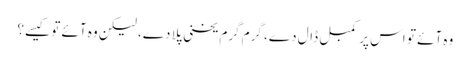
وہ آئے تو اس پر کمبل ڈال دے، گرم گرم یخنی پلا دے، لیکن وہ آئے تو کیسے؟